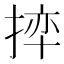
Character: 𪮊